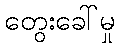
တွေးခေါ်မှု